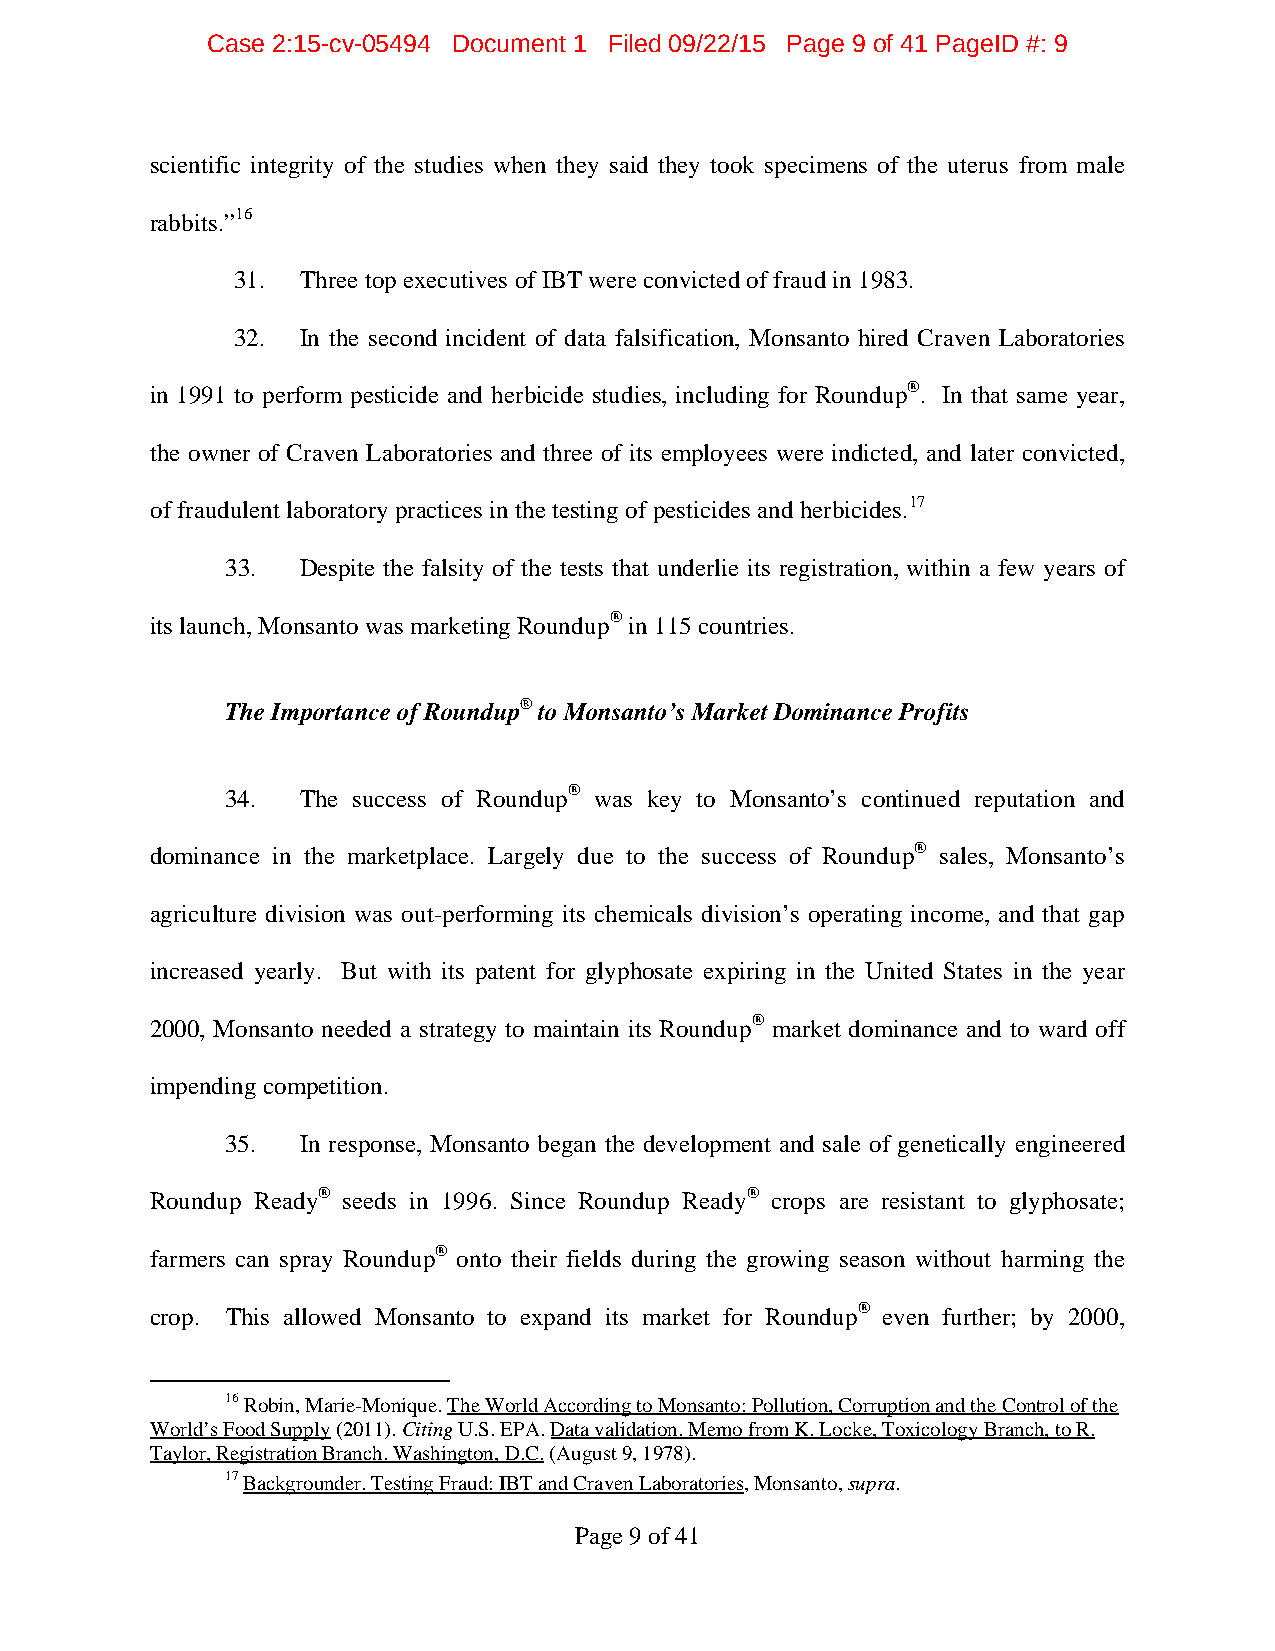
Case 2:15-cv-05494 Document 1 Filed 09/22/15 Page 9 of 41 PageID #: 9
 scientific integrity of the studies when they said they took specimens of the uterus from male
 rabbits.”16
 31. Three top executives of IBT were convicted of fraud in 1983.
 32. In the second incident of data falsification, Monsanto hired Craven Laboratories
 in 1991 to perform pesticide and herbicide studies, including for Roundup®. In that same year,
 the owner of Craven Laboratories and three of its employees were indicted, and later convicted,
 of fraudulent laboratory practices in the testing of pesticides and herbicides.17
 33.  Despite the falsity of the tests that underlie its registration, within a few years of
 its launch, Monsanto was marketing Roundup® in 115 countries.
 The Importance of Roundup® to Monsanto’s Market Dominance Profits
 34.  The success of Roundup® was key to Monsanto’s continued reputation and
 dominance in the marketplace. Largely due to the success of Roundup® sales, Monsanto’s
 agriculture division was out-performing its chemicals division’s operating income, and that gap
 increased yearly. But with its patent for glyphosate expiring in the United States in the year
 2000, Monsanto needed a strategy to maintain its Roundup® market dominance and to ward off
 impending competition.
 35.  In response, Monsanto began the development and sale of genetically engineered
 Roundup Ready® seeds in 1996. Since Roundup Ready® crops are resistant to glyphosate;
 farmers can spray Roundup® onto their fields during the growing season without harming the
 crop. This allowed Monsanto to expand its market for Roundup® even further; by 2000,
 16 Robin, Marie-Monique. The World According to Monsanto: Pollution, Corruption and the Control of the
 World’s Food Supply (2011). Citing U.S. EPA. Data validation. Memo from K. Locke, Toxicology Branch, to R.
 Taylor, Registration Branch. Washington, D.C. (August 9, 1978).
 17 Backgrounder. Testing Fraud: IBT and Craven Laboratories, Monsanto, supra.
 Page 9 of 41